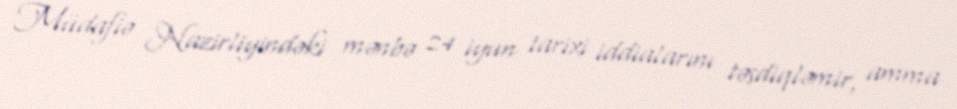
Müdafiə Nazirliyindəki mənbə 24 iyun tarixi iddialarını təsdiqləmir, amma